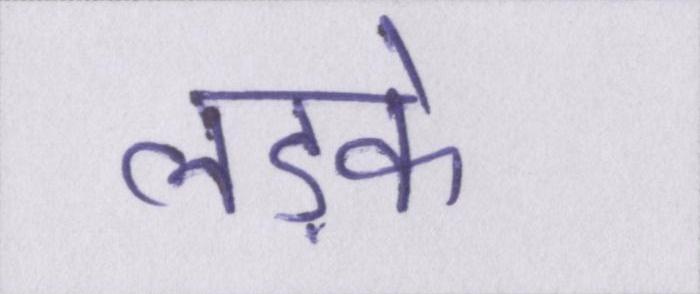
लड़के